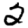
Digit: 2